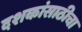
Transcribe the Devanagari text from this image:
दशकांसाठीचा